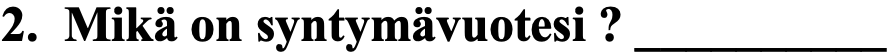
2. Mikä on syntymävuotesi ? __________